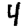
Digit: 4